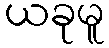
ယခုမူ